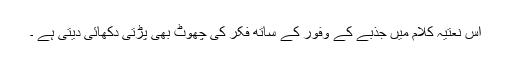
اس نعتیہ کلام میں جذبے کے وفور کے ساتھ فکر کی چھوٹ بھی پڑتی دکھائی دیتی ہے ۔